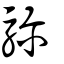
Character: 駗